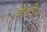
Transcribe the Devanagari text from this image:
डी०वी०